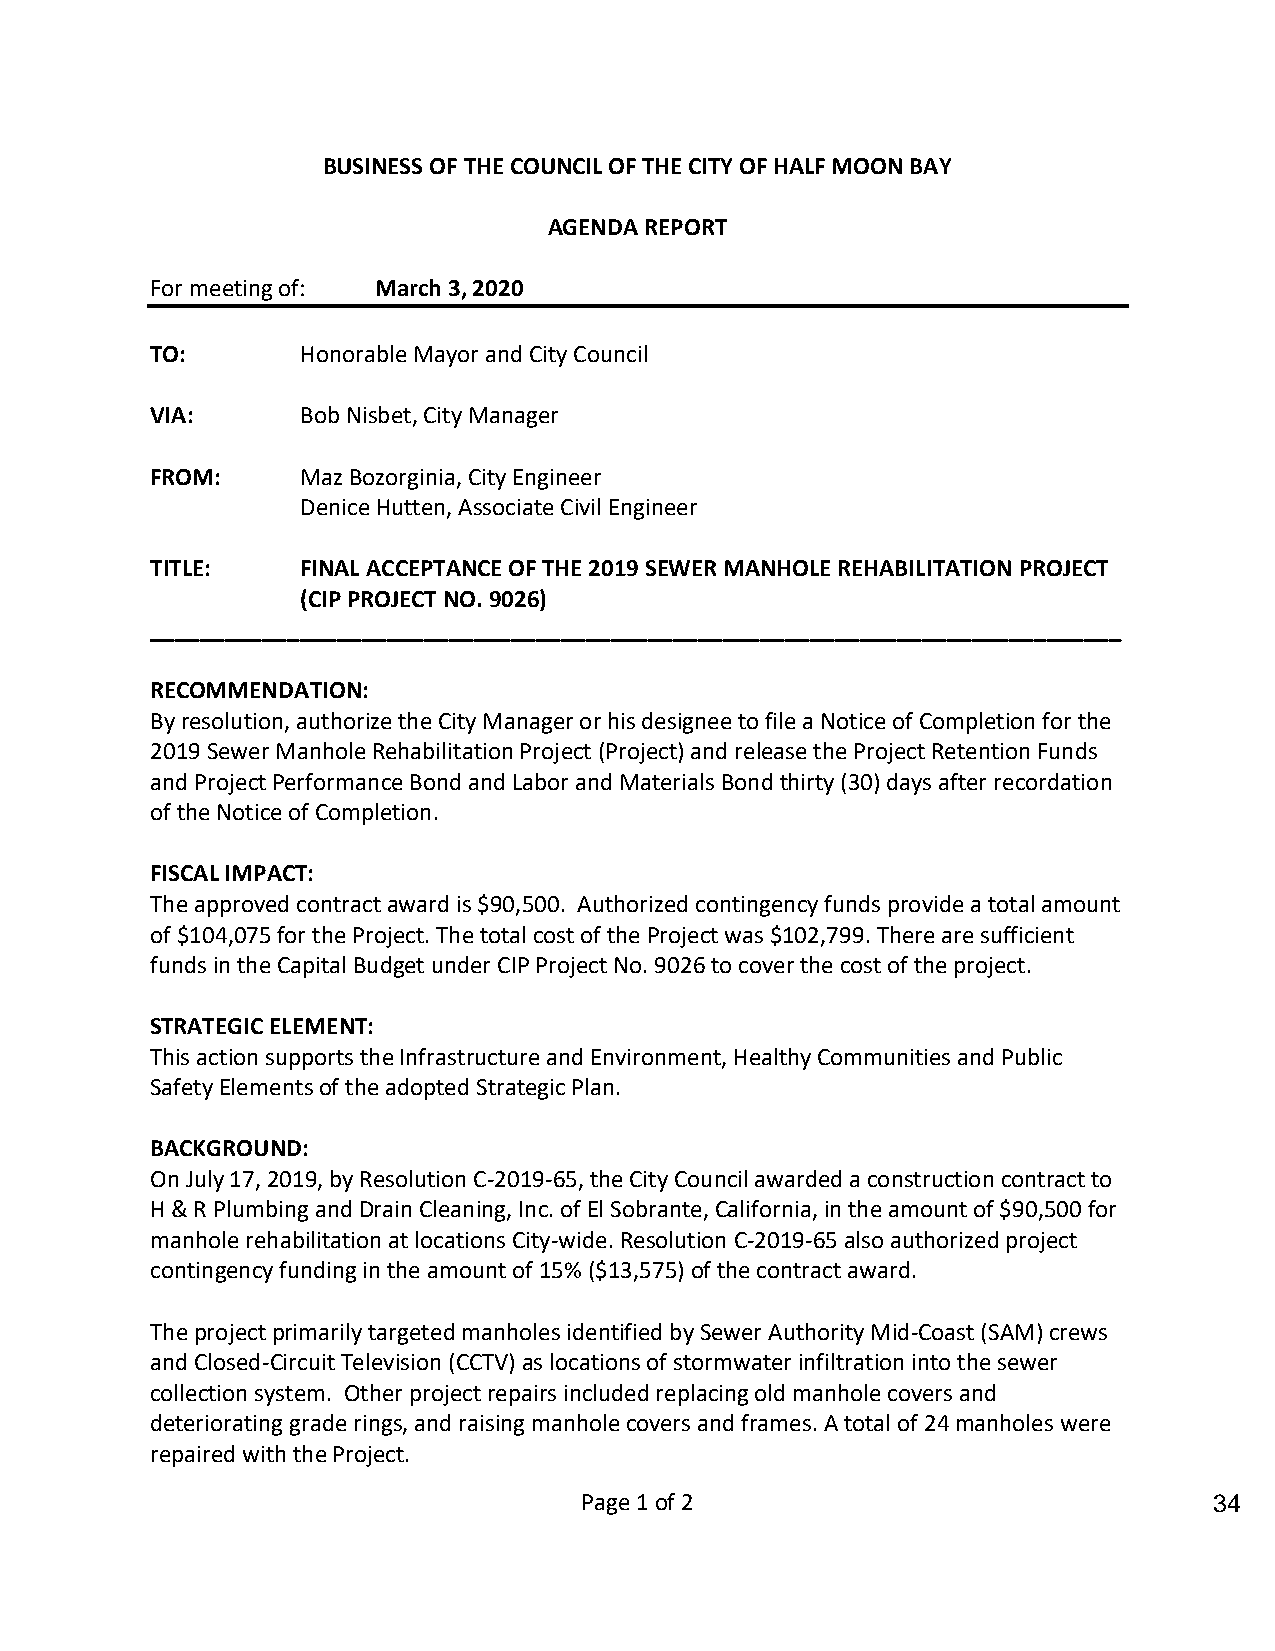
BUSINESS OF THE COUNCIL OF THE CITY OF HALF MOON BAY
 AGENDA REPORT
 For meeting of: March 3, 2020
 TO:       Honorable Mayor and City Council
 VIA:      Bob Nisbet, City Manager
 FROM:     Maz Bozorginia, City Engineer
 Denice Hutten, Associate Civil Engineer
 TITLE:    FINAL ACCEPTANCE OF THE 2019 SEWER MANHOLE REHABILITATION PROJECT
 (CIP PROJECT NO. 9026)
 ______________________________________________________________________________
 RECOMMENDATION:
 By resolution, authorize the City Manager or his designee to file a Notice of Completion for the
 2019 Sewer Manhole Rehabilitation Project (Project) and release the Project Retention Funds
 and Project Performance Bond and Labor and Materials Bond thirty (30) days after recordation
 of the Notice of Completion.
 FISCAL IMPACT:
 The approved contract award is $90,500. Authorized contingency funds provide a total amount
 of $104,075 for the Project. The total cost of the Project was $102,799. There are sufficient
 funds in the Capital Budget under CIP Project No. 9026 to cover the cost of the project.
 STRATEGIC ELEMENT:
 This action supports the Infrastructure and Environment, Healthy Communities and Public
 Safety Elements of the adopted Strategic Plan.
 BACKGROUND:
 On July 17, 2019, by Resolution C-2019-65, the City Council awarded a construction contract to
 H & R Plumbing and Drain Cleaning, Inc. of El Sobrante, California, in the amount of $90,500 for
 manhole rehabilitation at locations City-wide. Resolution C-2019-65 also authorized project
 contingency funding in the amount of 15% ($13,575) of the contract award.
 The project primarily targeted manholes identified by Sewer Authority Mid-Coast (SAM) crews
 and Closed-Circuit Television (CCTV) as locations of stormwater infiltration into the sewer
 collection system. Other project repairs included replacing old manhole covers and
 deteriorating grade rings, and raising manhole covers and frames. A total of 24 manholes were
 repaired with the Project.
 Page 1 of 2                               34